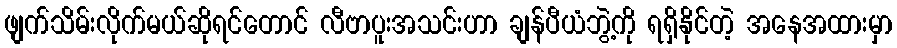
ဖျက်သိမ်းလိုက်မယ်ဆိုရင်တောင် လီဗာပူးအသင်းဟာ ချန်ပီယံဘွဲ့ကို ရရှိနိုင်တဲ့ အနေအထားမှာ